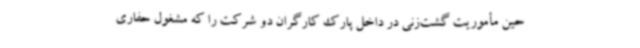
حین مأموریت گشت‌زنی در داخل پارک کارگران دو شرکت را که مشغول حفاری